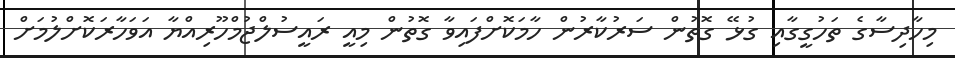
މިހާދިސާގެ ތަހުގީގާއި ގުޅޭ ގޮތުން ސަރުކާރުން ހާމަކޮށްފައިވާ ގޮތުން މިއީ ރައީސުލްޖުމްހޫރިއްޔާ އަވަހާރަކޮށްލުމަށް